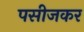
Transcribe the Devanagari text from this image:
पसीजकर